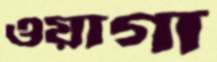
ওয়াগা